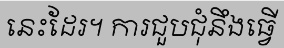
នេះដែរ។ ការជួបជុំនឹងធ្វើ